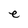
Character: e